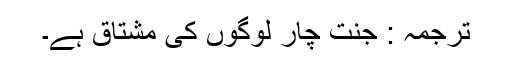
ترجمہ : جنت چار لوگوں کی مشتاق ہے۔